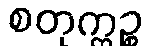
စတုက္ကဉ္စ